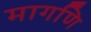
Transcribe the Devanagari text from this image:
मागणि